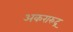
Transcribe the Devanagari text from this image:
अकरारुद्र